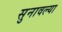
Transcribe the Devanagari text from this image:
सुनावल्या